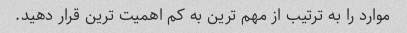
موارد را به ترتیب از مهم ترین به کم اهمیت ترین قرار دهید.